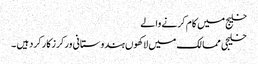
خلیج میں کام کرنے والے
خلیجی ممالک میں لاکھوں ہندوستانی ورکرزکارکردہیں ۔